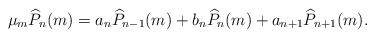
LaTeX: \begin{align*}\mu_m \widehat{P}_{n}(m)= a_n \widehat{P}_{n-1}(m) + b_n \widehat{P}_{n}(m) + a_{n+1}\widehat{P}_{n+1}(m).\end{align*}